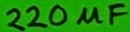
Text: 220µF